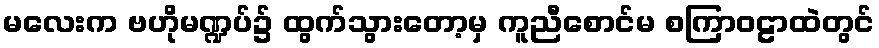
မလေးက ဗဟိုမဏ္ဍပ်၌ ထွက်သွားတော့မှ ကူညီစောင်မ စကြာဝဠာထဲတွင်